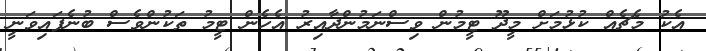
އެކު މެޗެއް ކުޅުމަށް މީދޫ ޓީމުން ވިސްނަމުންދާއިރު އެހެން ޓީމު ތަކުންވެސް ބުނެފައިވަނީ